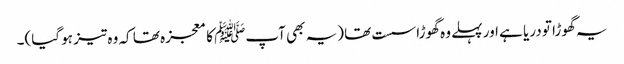
یہ گھوڑا تو دریا ہے اور پہلے وہ گھوڑا سست تھا (یہ بھی آپﷺ کا معجزہ تھا کہ وہ تیز ہو گیا)۔